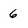
Character: 6